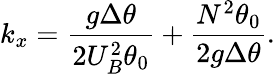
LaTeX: k_{x}=\frac{g\Delta\theta}{2{U}_{B}^{2}\theta_{0}}+\frac{N^{2}\theta_{0}}{2g\Delta\theta}.